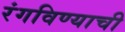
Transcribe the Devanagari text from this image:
रंगविण्याची